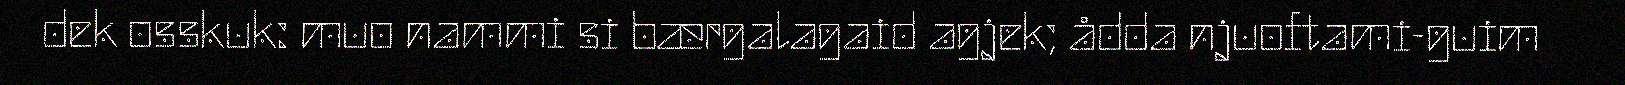
dek osskuk: muo nammi si bærgalagaid agjek; ådda njuoftami-guim